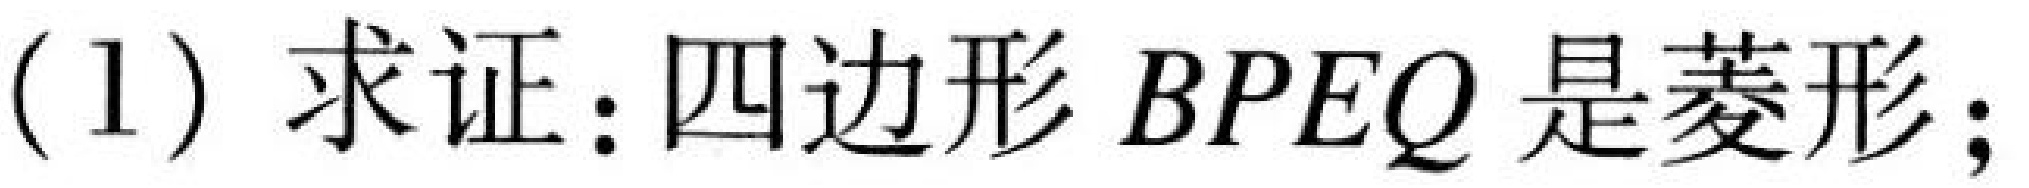
(1) 求证：四边形 \(BPEQ\) 是菱形；